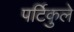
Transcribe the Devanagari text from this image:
पर्टिकुले